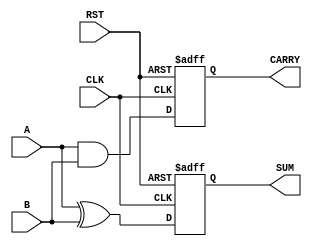
module SequentialHalfAdder (
    input wire A,          // First input bit
    input wire B,          // Second input bit
    input wire CLK,        // Clock input
    input wire RST,        // Asynchronous reset input
    output reg SUM,        // Output for sum
    output reg CARRY       // Output for carry
);

    // Internal registers to hold previous state
    reg prev_sum;
    reg prev_carry;

    // Always block triggered on the rising edge of the clock
    always @(posedge CLK or posedge RST) begin
        if (RST) begin
            // Reset the outputs and internal state
            SUM <= 1'b0;
            CARRY <= 1'b0;
            prev_sum <= 1'b0;
            prev_carry <= 1'b0;
        end else begin
            // Calculate the new sum and carry
            SUM <= A ^ B;             // Sum is A XOR B
            CARRY <= A & B;           // Carry is A AND B
            
            // Store the computed values for the next cycle
            prev_sum <= SUM;
            prev_carry <= CARRY;
        end
    end

endmodule